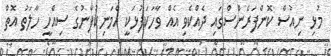
މުޅި ނިއުސް ކޮންފަރެންސްގައި ދެއްކެވި އެއް ވާހަކަފުޅަކީ އެމަނިކުފާނުގެ ސިއްހީ ހާލަތު އޮތް